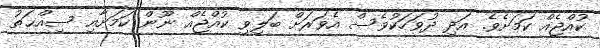
ކުއްޖެއް ކަމަށެވެ. އަދި ދުވަހަކުވެސް އެވަރަށް ބަލިވި ކުއްޖެއް ނޫން ކަމަށާއި ސިއްޙަތު